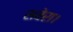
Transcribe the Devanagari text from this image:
सवेरा।